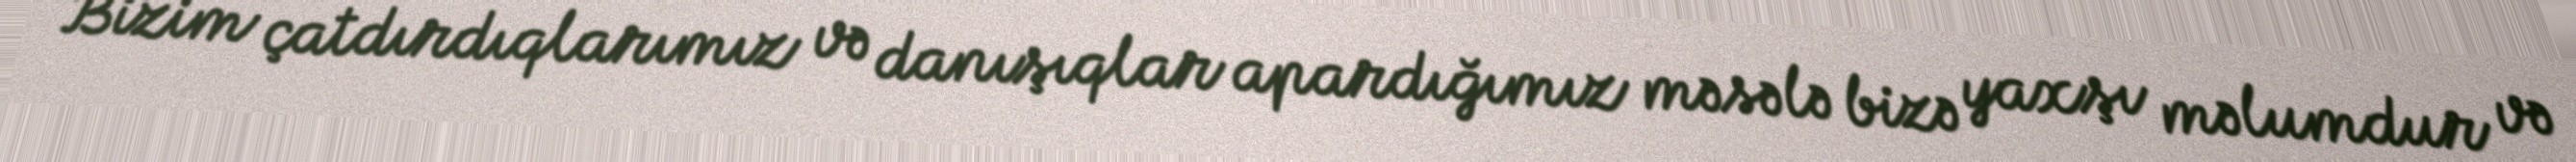
Bizim çatdırdıqlarımız və danışıqlar apardığımız məsələ bizə yaxşı məlumdur və